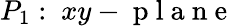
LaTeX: P_{1}:\ xy-\mathrm{~p~l~a~n~e~}